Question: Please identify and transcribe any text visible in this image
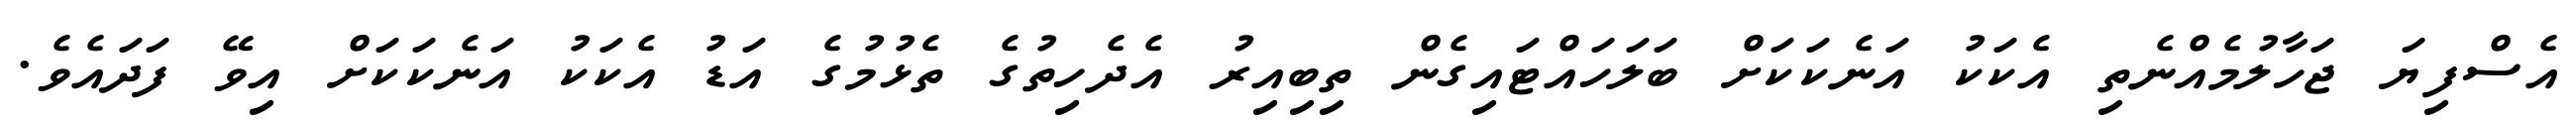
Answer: އެސްފިޔަ ޖަހާލުމެއްނެތި އެކަކު އަނެކަކަށް ބަލަހައްޓައިގެން ތިބިއިރު އެދެހިތުގެ ތެޅުމުގެ އަޑު އެކަކު އަނެކަކަށް އިވޭ ފަދައެވެ.